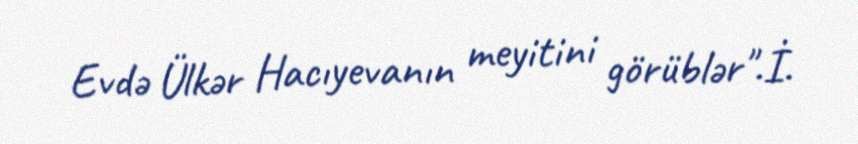
Evdə Ülkər Hacıyevanın meyitini görüblər".İ.